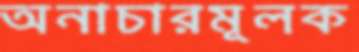
অনাচারমূলক